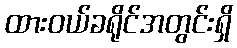
ထားဝယ်ခရိုင်အတွင်းရှိ